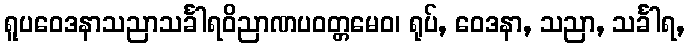
ရူပဝေဒနာသညာသင်္ခါရဝိညာဏပဝတ္တမေဝ၊ ရုပ်, ဝေဒနာ, သညာ, သင်္ခါရ,